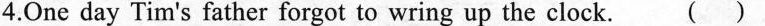
4.One day Tim's father forgot to wring up the clock. ()